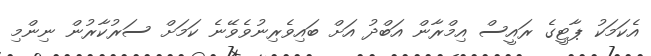
އެކަމަކު ޕާޓީގެ ރައީސް އިމްރާން އަބްދު އަށް ބައިވެރިނުވެވޭނެ ކަމަށް ސަރުކާރުން ނިންމި